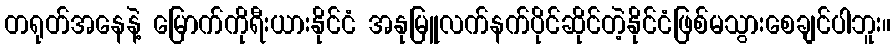
တရုတ်အနေနဲ့ မြောက်ကိုရီးယားနိုင်ငံ အနုမြူလက်နက်ပိုင်ဆိုင်တဲ့နိုင်ငံဖြစ်မသွားစေချင်ပါဘူး။